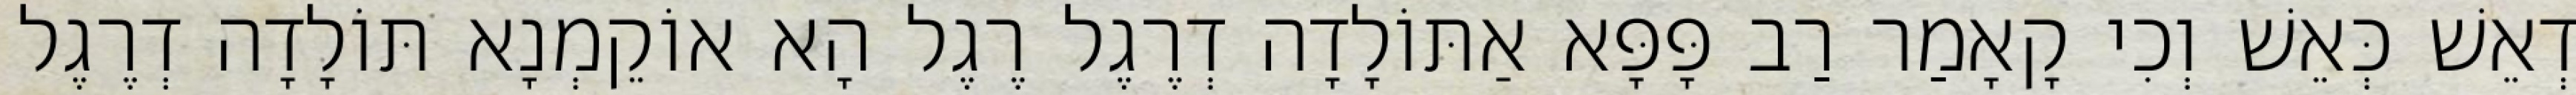
דְאֵשׁ כְּאֵשׁ וְכִי קָאָמַר רַב פָּפָּא אַתּוֹלָדָה דְרֶגֶל רֶגֶל הָא אוֹקֵמְנָא תּוֹלָדָה דְרֶגֶל